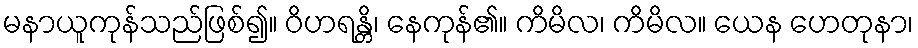
မနာယူကုန်သည်ဖြစ်၍။ ဝိဟရန္တိ၊ နေကုန်၏။ ကိမိလ၊ ကိမိလ။ ယေန ဟေတုနာ၊